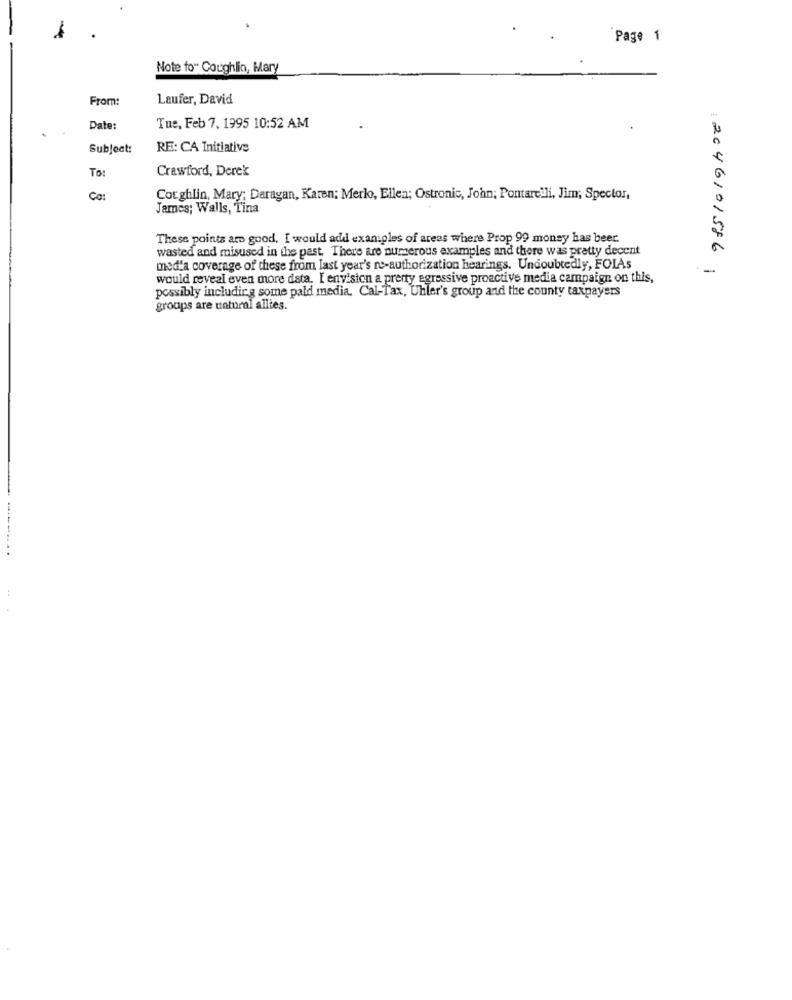
Page 1
Note fo" Coughlin, Mary
From:
Laufer, David
Date:
Tue, Feb 7. 1995 10:52 AM
Subject:
RE: CA Initiative
To:
Crawford, Derek
Ca:
Coughlin, Mary; Darayan, Karen; Merlo, Ellen; Ostronic, John; Pontarcili, Jim; Spector,
James; Walls, Tina
These points are good, I would add examples of areas where Prop 99 money has beer.
wasted and misused in the past. There are numerous examples and there was pretty decent
media coverage of these from last year's re-authorization hearings. Undoubtedly, FOIAs
-
:2046101586
would reveal even more data. I envision a pretty egressive proactive media campaign on this,
possibly including some pald media. Cal-Tax, Uhler's group and the county taxpayers
groups are natural alltes.